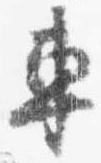
車